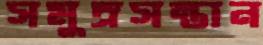
সমুদ্রসন্তান